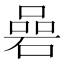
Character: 碞